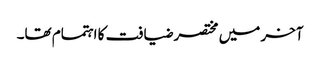
آخر میں مختصر ضیافت کا اہتمام تھا۔